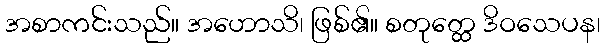
အစာကင်းသည်။ အဟောသိ၊ ဖြစ်၏။ စတုတ္ထေ ဒိဝသေပန၊